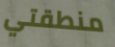
منطقتي